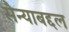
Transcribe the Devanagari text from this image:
सैन्याबद्दल